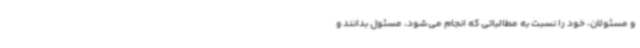
و مسئولان، خود را نسبت به مطالباتی که انجام می‌شود، مسئول بدانند و